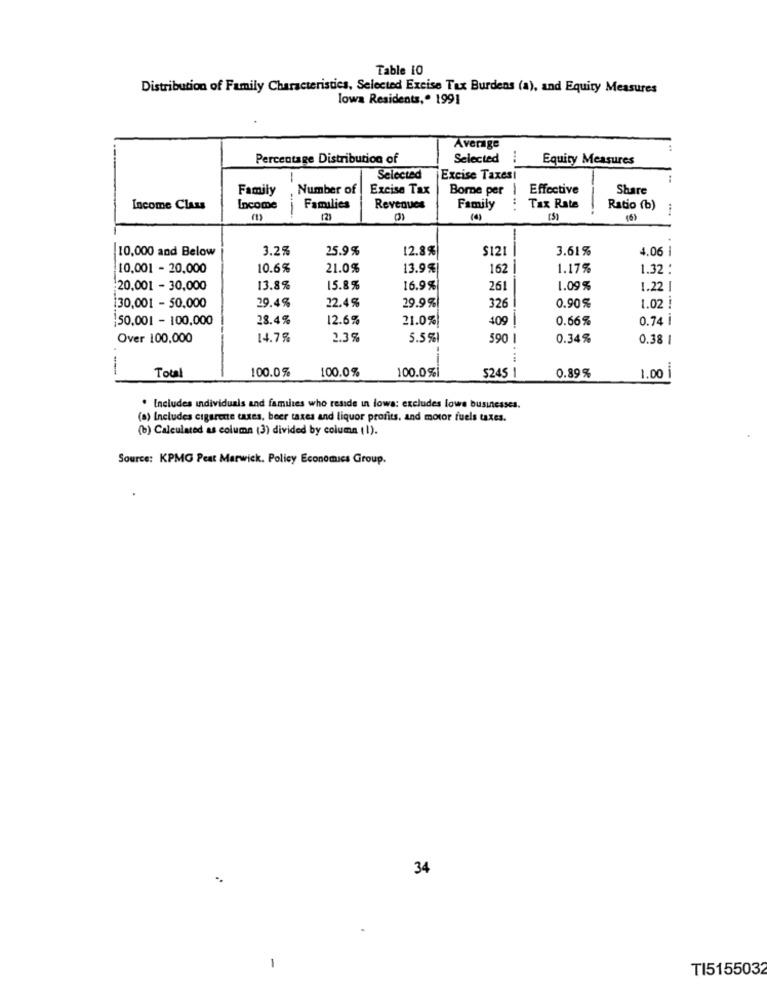
Table 10
Distribution of Family Characteristics, Selected Excise Tax Burdens (a), and Equity Measures
lowa Residents ,. 1991
Average
Percentage Distribution of
Selected
Equity Measures
-
Selected
Excise Taxes
Family
Number of
Excise Tax
Borne per
Effective
Share
..
Income Class
Income
Families
Revenues
Family
Tax Rate
Ratio (b)
(2)
(4)
--
10,000 and Below
3.2%
25.9%
12.8%
$121
3.61%
4.06 1
10,001 - 20,000
10.6%
21.0%
13.9%
162
1.17%
1.32 :
20,001 - 30,000
13.8%
15.8%
16.9%
261
1.09 %
1.22 |
29.4%
22.4%
29.9%
0.90%
130,001 - 50,000
326
1.02 !
50,001 - 100,000
28.4%
12.6%
21.0%
409
0.66%
0.74 İ
Over 100,000
14.7%
2.35
5.5%
590
0.34%
0.38 |
--
Total
100.0%
100.0%
100.0%
S245 1
0.89%
1.00
. Includes individuals and families who reside in lowa: excludes lowe businesses.
(a) Includes cigarette taxes, beer taxes and liquor profits, and motor fuels taxes.
(b) Calculated as column (3) divided by column (1).
Source: KPMG Peat Marwick. Policy Economics Group.
34
-
TI5155032